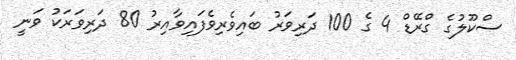
ސްކޫލުގެ ގްރޭޑް 4 ގެ 100 ދަރިވަރު ބައިވެރިވެފައިވާއިރު 80 ދަރިވަރަކު ވަނީ